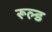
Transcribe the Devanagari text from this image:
रूल्ड